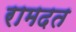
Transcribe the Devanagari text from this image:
रामदत